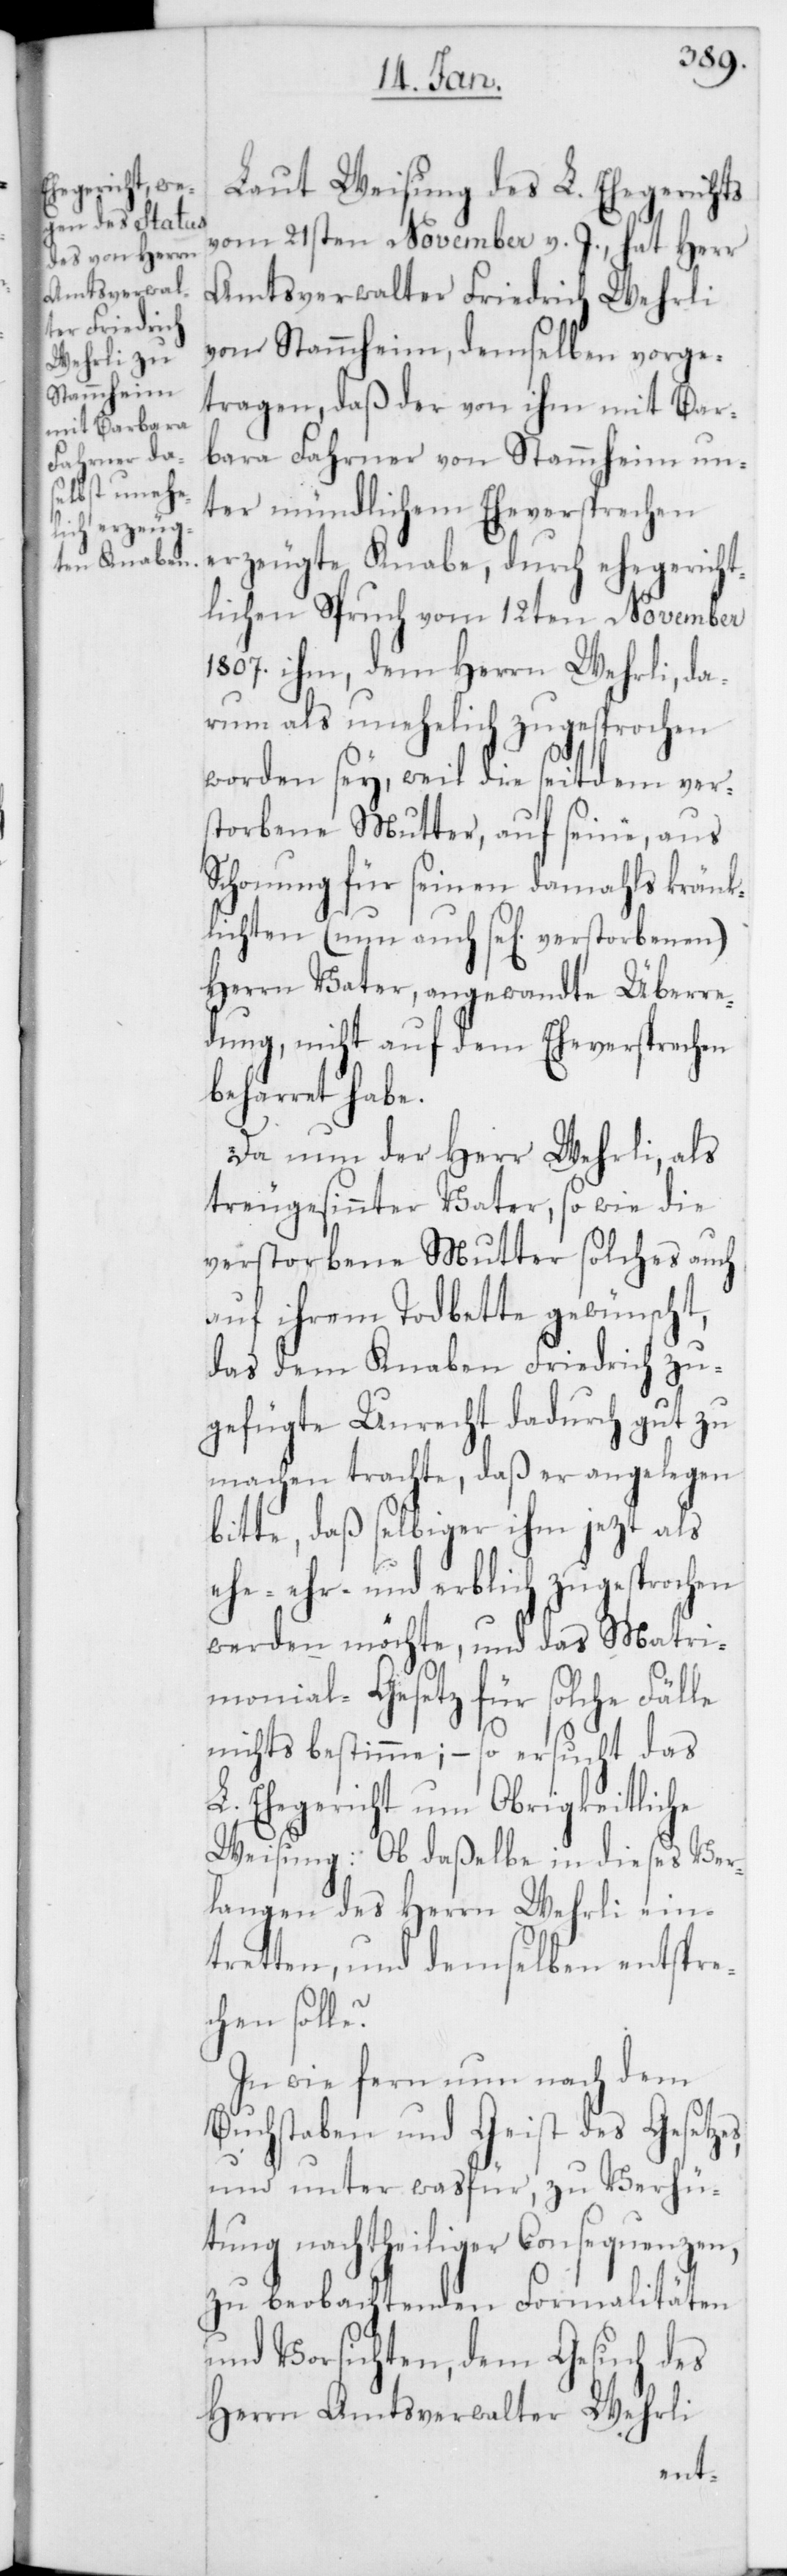
Laut Weisung des L. Ehegerichts
vom 21sten November v. J., hat Herr
Amtsverwalter Friedrich Wehrli
von Stammheim, demselben vorge¬
tragen, daß der von ihm mit Bar¬
bara Fahrner von Stammheim un¬
ter mündlichem Eheversprechen
erzeugte Knabe, durch ehegericht¬
lichen Spruch vom 12ten November
1807. ihm, dem Herrn Wehrli, da¬
rum als unehelich zugesprochen
worden sey, weil die seitdem ver¬
storbene Mutter, auf seine, aus
Schonung für seinen damahls kränk¬
lichten (nun auch se[lig] verstorbenen)
Herrn Vater, angewandte Überre¬
dung, nicht auf dem Eheversprechen
beharret habe.
Da nun der Herr Wehrli, als
treugesinnter Vater, so wie die
verstorbene Mutter solches auch
auf ihrem Todbette gewünscht,
das dem Knaben Friedrich zu¬
gefügte Unrecht dadurch gut zu
machen trachte, daß er angelegen
bitte, daß selbiger ihm jezt als
ehr- und erblich zugesprochen
werden möchte, und das Matri¬
monial-Gesetz für solche Fälle
nichts bestimme; – so ersucht das
L. Ehegericht um Obrigkeitliche
Weisung: Ob daßelbe in dieses Ver¬
langen des Herrn Wehrli ein¬
tretten und demselben entspre¬
chen solle?
In wie fern nun nach dem
Buchstaben und Geist des Gesetz¬
und unter was für, zu Verhü¬
tung nachtheiliger Consequenzen,
zu beobachtenden Formalitäten
und Vorsichten, dem Gesuch des
Herrn Amtsverwalter Wehrli
es,